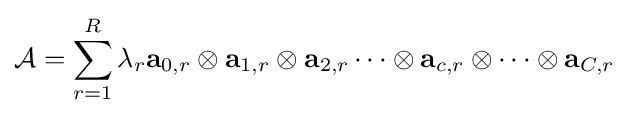
{\mathcal {A}}=\sum _{r=1}^{R}\lambda _{r}\mathbf {a} _{0,r}\otimes \mathbf {a} _{1,r}\otimes \mathbf {a} _{2,r}\dots \otimes \mathbf {a} _{c,r}\otimes \cdots \otimes \mathbf {a} _{C,r}